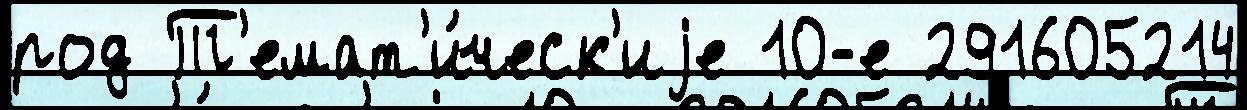
род Т'емат'и́ческ'иjе 10-е 291605214